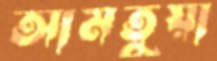
আমতুয়া